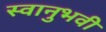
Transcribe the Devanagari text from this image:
स्वानुभवी